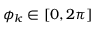
\phi _ { k } \in [ 0 , 2 \pi ]